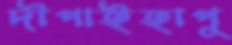
দীপাইহাপু